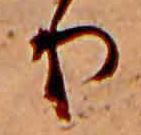
り